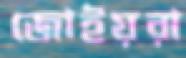
জোইয়রা